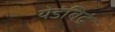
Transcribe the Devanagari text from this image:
येडंबिद्रं